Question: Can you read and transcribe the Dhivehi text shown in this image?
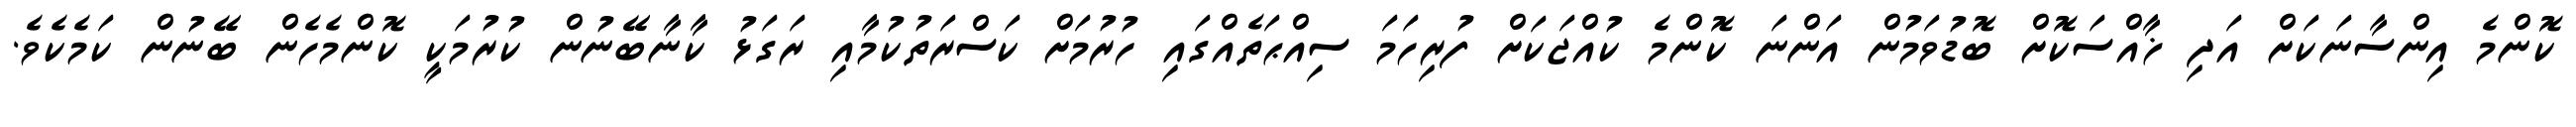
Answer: ކޮންމެ އިންސާނަކަށް އަދި ޚާއްސަކޮށް ބޮޑުވަމުން އަންނަ ކޮންމެ ކުއްޖަކަށް ފުރިހަމަ ސިއްޙަތެއްގައި ހުރުމަށް ކަސްރަތުކުމާއި ރަގަޅު ކާނާބޭނުން ކުރުމަކީ ކޮންމެހެން ބޭނުން ކަމެކެވެ.